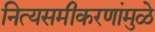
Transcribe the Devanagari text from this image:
नित्यसमीकरणांमुळे